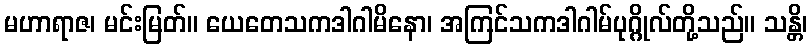
မဟာရာဇ၊ မင်းမြတ်။ ယေတေသကဒါဂါမိနော၊ အကြင်သကဒါဂါမ်ပုဂ္ဂိုလ်တို့သည်။ သန္တိ၊